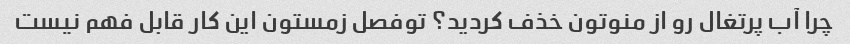
چرا آب پرتغال رو از منوتون خذف کردید؟ توفصل زمستون این کار قابل فهم نیست